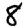
Digit: 8